Lunatic asylums in Bengal annual reports 1912-1924 - 1912-1924
Year: 1912
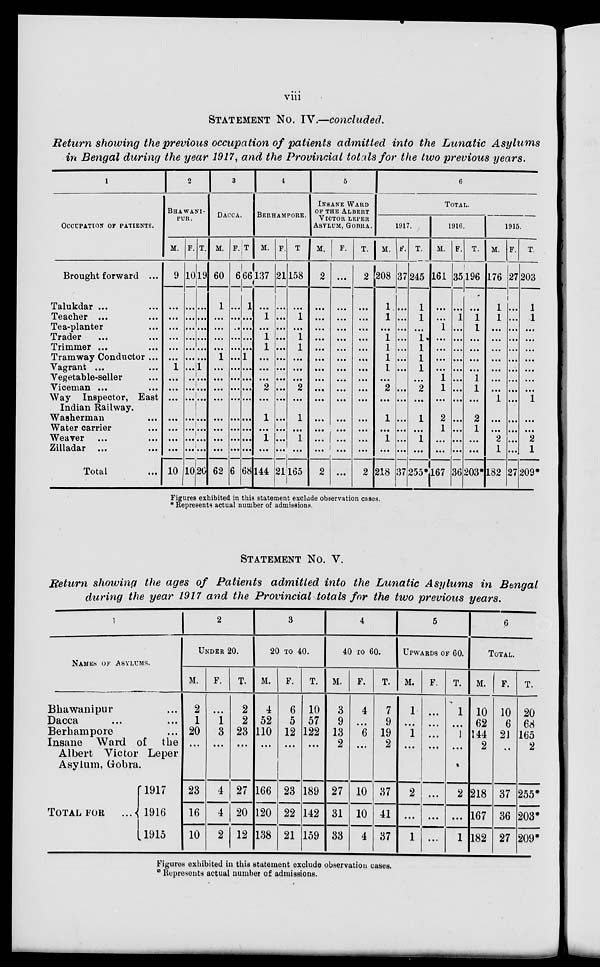
viii
STATEMENT No. IV.—concluded.
Return showing the previous occupation of patients admitted into the Lunatic Asylums
in Bengal during the year 1917, and the Provincial totals for the two previous years.
1
OCCUPATION OF PATIENTS.
Brought forward ...
Talukdar ... ...
Teacher ... ...
Tea-planter ...
Trader ... ...
Trimmer ... ...
Tramway Conductor ...
Vagrant ... ...
Vegetable-seller ...
Viceman ... ...
Way Inspector, East
Indian Railway.
Washerman ...
Water carrier ...
Weaver ... ...
Zilladar ... ...
Total ...
2
BHAWANI-
PUR.
M.
9
...
...
...
...
...
...
1
...
...
...
...
...
...
...
10
F.
10
...
...
...
...
...
...
...
...
...
...
...
...
...
...
10
T.
19
...
...
...
...
...
...
1
...
...
...
...
...
...
...
20
3
DACCA.
M.
60
1
...
...
...
...
1
...
...
...
...
...
...
...
...
62
F.
6
...
...
...
...
...
...
...
...
...
...
...
...
...
...
6
T.
66
1
...
...
...
...
1
...
...
...
...
...
...
...
...
68
4
BERHAMPORE.
M.
137
...
1
...
1
1
...
...
...
2
...
1
...
1
...
144
F.
21
...
...
...
...
...
...
...
...
...
...
...
...
...
...
21
T.
158
...
1
...
1
1
...
...
...
2
...
1
...
1
...
165
5
INSANE WARD
OF THE ALBERT
VICTOR LEPER
ASYLUM, GOBRA.
M.
2
...
...
...
...
...
...
...
...
...
...
...
...
...
...
2
F.
...
...
...
...
...
...
...
...
...
...
...
...
...
...
...
...
T.
2
...
...
...
...
...
...
...
...
...
...
...
...
...
...
2
6
TOTAL.
1917.
M.
208
1
1
...
1
1
1
1
...
2
...
1
...
1
...
218
F.
37
...
...
...
...
...
...
...
...
...
...
...
...
...
...
37
T.
245
1
1
...
1
1
1
1
...
2
...
1
...
1
...
255*
1916.
M.
161
...
...
1
...
...
...
...
1
1
...
2
1
...
...
167
F.
35
...
1
...
...
...
...
...
...
...
...
...
...
...
...
36
T.
196
...
1
1
...
...
...
...
1
1
...
2
1
...
...
203*
1915.
M.
176
1
1
...
...
...
...
...
...
...
1
...
...
2
1
182
F.
27
...
...
...
...
...
...
...
...
...
...
...
...
...
...
27
T.
203
1
1
...
...
...
...
...
...
...
1
...
...
2
1
209*
Figures exhibited in this statement exclude observation cases.
* Represents actual number of admissions.
STATEMENT No. V.
Return showing the ages of Patients admitted into the Lunatic Asylums in Bengal
during the year 1917 and the Provincial totals for the two previous years.
1
NAME OF ASYLUMS.
Bhawanipur ...
Dacca ... ...
Berhampore ...
Insane Ward of the
Albert Victor Leper
Asylum, Gobra.
TOTAL FOR
...
1917
1916
1915
2
UNDER 20.
M.
2
1
20
...
23
16
10
F.
...
1
3
...
4
4
2
T.
2
2
23
...
27
20
12
3
20 TO 40.
M.
4
52
110
...
166
120
138
F.
6
5
12
...
23
22
21
T.
10
57
122
...
189
142
159
4
40 TO 60.
M.
3
9
13
2
27
31
33
F.
4
...
6
...
10
10
4
T.
7
9
19
2
37
41
37
5
UPWARDS OF 60.
M.
1
...
1
...
2
...
1
F.
...
...
...
...
...
...
...
T.
1
...
1
...
2
...
1
6
TOTAL.
M.
10
62
144
2
218
167
182
F.
10
6
21
...
37
36
27
T.
20
68
165
2
255*
203*
209*
Figures exhibited in this statement exclude observation cases.
* Represents actual number of admissions.